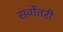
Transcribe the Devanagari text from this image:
सर्वोतरी